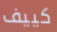
كييف